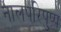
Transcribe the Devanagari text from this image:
नालपरिपुष्प